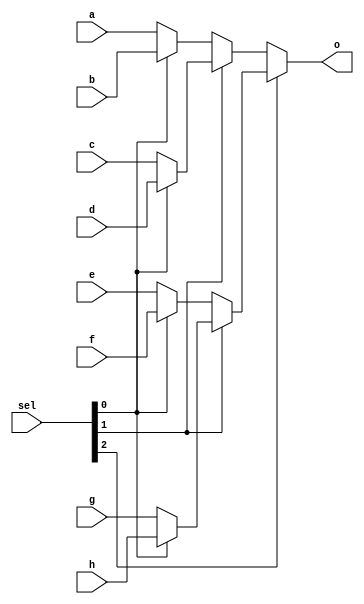
`timescale 1ns / 1ps
//////////////////////////////////////////////////////////////////////////////////
// Company: 
// Engineer: 
// 
// Design Name: 
// Module Name:    mux8_16b 
// Project Name: 
// Target Devices: 
// Tool versions: 
// Description: 
//
// Dependencies: 
//
// Revision: 
// Revision 0.01 - File Created
// Additional Comments: 
//
//////////////////////////////////////////////////////////////////////////////////
module mux8_16b(
    input [15:0] a,
    input [15:0] b,
    input [15:0] c,
    input [15:0] d,
    input [15:0] e,
    input [15:0] f,
    input [15:0] g,
    input [15:0] h,
    input [2:0] sel,
    output [15:0] o
    );

	//000 -> a, 001 -> b, 010 -> c, 011 -> d, 100 -> e, 101 -> f, 110 -> g, 111 -> h
	assign o = sel[2] ? (sel[1] ? (sel[0] ? h : g) : (sel[0] ? f : e)) : (sel[1] ? (sel[0] ? d : c) : (sel[0] ? b : a));

endmodule